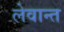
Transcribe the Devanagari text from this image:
लेवान्त